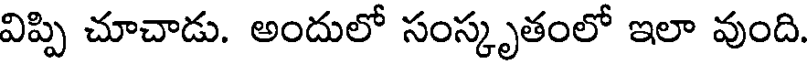
విప్పి చూచాడు. అందులో సంస్కృతంలో ఇలా వుంది.